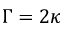
\Gamma = 2 \kappa